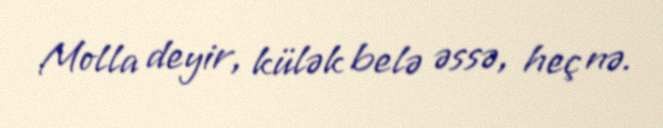
Molla deyir, külək belə əssə, heç nə.